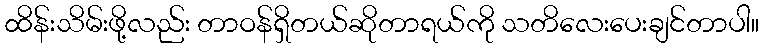
ထိန်းသိမ်းဖို့လည်း တာဝန်ရှိတယ်ဆိုတာရယ်ကို သတိလေးပေးချင်တာပါ။